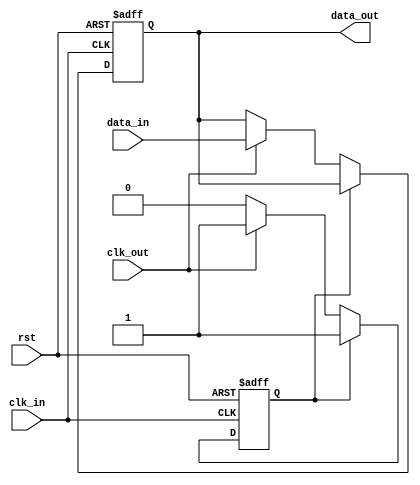
module synchronizer (
    input wire clk_in,        // Input clock signal
    input wire clk_out,       // Output clock signal
    input wire rst,           // Reset signal
    input wire data_in,       // Input data signal
    output reg data_out       // Output data signal
);

reg sync_flag;

always @ (posedge clk_in or posedge rst) begin
    if (rst) begin
        sync_flag <= 0;
        data_out <= 0;
    end else begin
        if (!sync_flag) begin
            if (clk_out) begin
                data_out <= data_in;
                sync_flag <= 1;
            end
        end
    end
end

endmodule